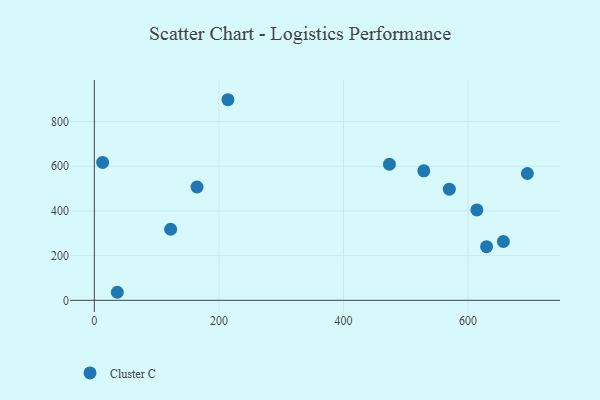
{"axis": {"x": "Investment", "y": "Fuel Efficiency"}, "legend": ["Cluster C"], "data": [{"x": "36.9", "y": 36.0, "type": "Cluster C"}, {"x": "13.3", "y": 616.8, "type": "Cluster C"}, {"x": "614.2", "y": 404.5, "type": "Cluster C"}, {"x": "629.8", "y": 240.0, "type": "Cluster C"}, {"x": "570.0", "y": 497.2, "type": "Cluster C"}, {"x": "214.5", "y": 897.5, "type": "Cluster C"}, {"x": "164.9", "y": 507.0, "type": "Cluster C"}, {"x": "473.8", "y": 608.7, "type": "Cluster C"}, {"x": "529.0", "y": 579.2, "type": "Cluster C"}, {"x": "122.5", "y": 318.0, "type": "Cluster C"}, {"x": "656.8", "y": 263.1, "type": "Cluster C"}, {"x": "695.3", "y": 567.5, "type": "Cluster C"}]}